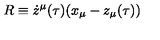
R \equiv \dot { z } ^ { \mu } ( \tau ) ( x _ { \mu } - z _ { \mu } ( \tau ) )